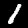
Digit: 1